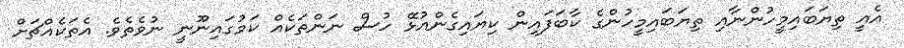
އެއީ ތިޔަބައިމީހުންނާއި ތިޔަބައިމީހުންގެ ކާބަފައިން ކިޔައިގެންއުޅޭ ހުސް ނަންތަކެއް ކަމުގައިނޫނީ ނުވެތެވެ. އެތަކެއްޗަށް